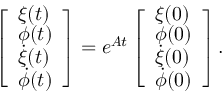
\left[ \begin{array} { l } { \xi ( t ) } \\ { \phi ( t ) } \\ { \dot { \xi } ( t ) } \\ { \dot { \phi } ( t ) } \end{array} \right] = e ^ { \boldsymbol { A } t } \left[ \begin{array} { l } { \xi ( 0 ) } \\ { \phi ( 0 ) } \\ { \dot { \xi } ( 0 ) } \\ { \dot { \phi } ( 0 ) } \end{array} \right] .